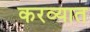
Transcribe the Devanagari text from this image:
करव्यात